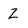
Character: Z